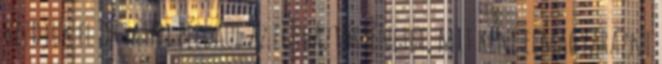
kezdjük el oktatni például az egyháztörténetet, mit kéne elmagyarázni